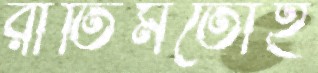
রীতিমতোই